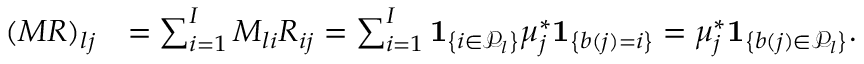
\begin{array} { r l } { ( M R ) _ { l j } } & { = \sum _ { i = 1 } ^ { I } M _ { l i } R _ { i j } = \sum _ { i = 1 } ^ { I } \mathbf { 1 } _ { \left\{ i \in \mathcal { P } _ { l } \right\} } \mu _ { j } ^ { * } \mathbf { 1 } _ { \left\{ b ( j ) = i \right\} } = \mu _ { j } ^ { * } \mathbf { 1 } _ { \left\{ b ( j ) \in \mathcal { P } _ { l } \right\} } . } \end{array}